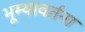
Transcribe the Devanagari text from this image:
भूम्यावर्तना